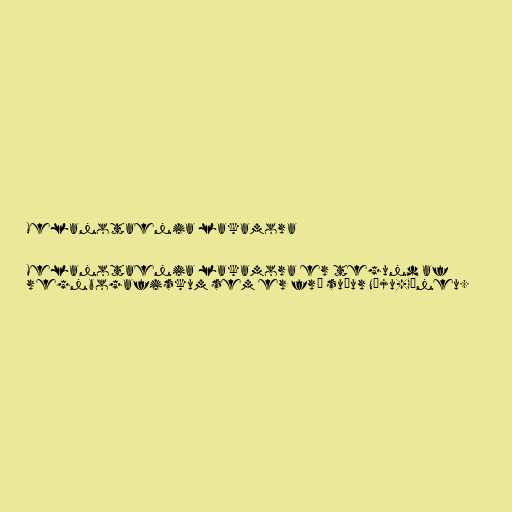
Melanotaenia lakamora

Melanotaenia lakamora er tegund af
regnbogafiskum sem er frá suður Nýju-Gíneu.